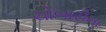
ચોબારીના